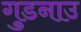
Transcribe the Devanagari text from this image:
गुडनाउ